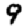
Digit: 9